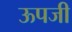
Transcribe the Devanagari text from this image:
ऊपजी